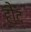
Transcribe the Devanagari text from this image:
हौद्